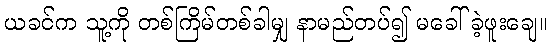
ယခင်က သူ့ကို တစ်ကြိမ်တစ်ခါမျှ နာမည်တပ်၍ မခေါ်ခဲ့ဖူးချေ။